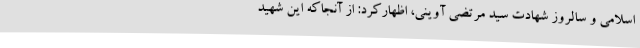
اسلامی و سالروز شهادت سید مرتضی آوینی، اظهارکرد: از آنجاکه این شهید